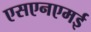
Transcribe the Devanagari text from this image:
एसएनएमई